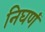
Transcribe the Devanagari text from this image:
निघणं